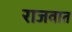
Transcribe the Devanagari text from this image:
राजवात